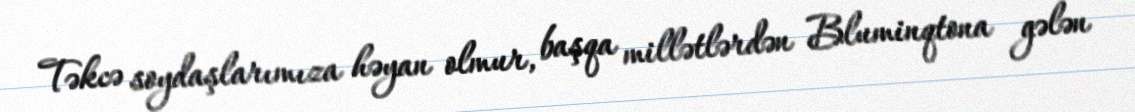
Təkcə soydaşlarımıza həyan olmur, başqa millətlərdən Bluminqtona gələn